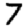
Digit: 7